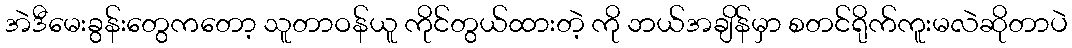
အဲဒီမေးခွန်းတွေကတော့ သူတာဝန်ယူ ကိုင်တွယ်ထားတဲ့ ကို ဘယ်အချိန်မှာ စတင်ရိုက်ကူးမလဲဆိုတာပဲ